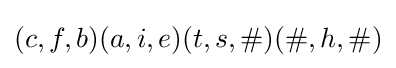
(c,f,b)(a,i,e)(t,s,\#)(\#,h,\#)